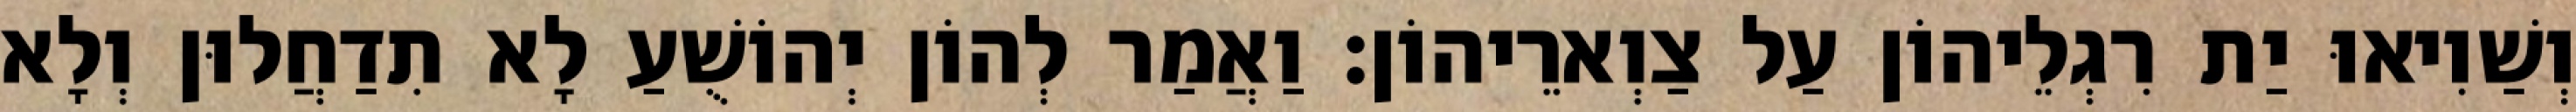
וְשַׁוִיאוּ יַת רִגְלֵיהוֹן עַל צַוְארֵיהוֹן׃ וַאֲמַר לְהוֹן יְהוֹשֻׁעַ לָא תִדַחֲלוּן וְלָא